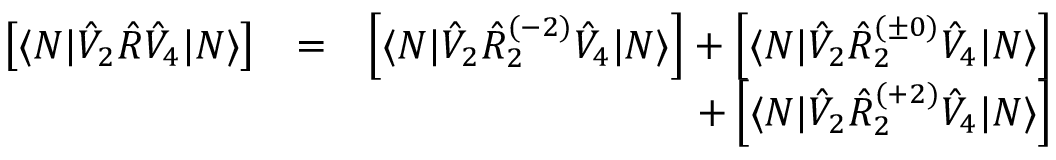
\begin{array} { r l r } { \left[ \langle N | \hat { V } _ { 2 } \hat { R } \hat { V } _ { 4 } | N \rangle \right] } & { = } & { \left[ \langle N | \hat { V } _ { 2 } \hat { R } _ { 2 } ^ { ( - 2 ) } \hat { V } _ { 4 } | N \rangle \right] + \left[ \langle N | \hat { V } _ { 2 } \hat { R } _ { 2 } ^ { ( \pm 0 ) } \hat { V } _ { 4 } | N \rangle \right] } \\ & { } & { + \left[ \langle N | \hat { V } _ { 2 } \hat { R } _ { 2 } ^ { ( + 2 ) } \hat { V } _ { 4 } | N \rangle \right] } \end{array}